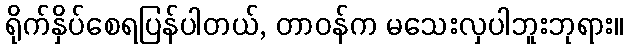
ရိုက်နှိပ်စေရပြန်ပါတယ်, တာဝန်က မသေးလှပါဘူးဘုရား။